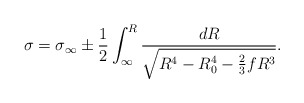
\begin{align*}\sigma = \sigma_{\infty} \pm \frac{1}{2}\int_{\infty}^{R} \frac{dR}{\sqrt{R^4-R_0^4 - \frac{2}{3}fR^3}}.\end{align*}